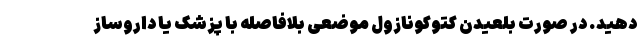
دهید. در صورت بلعیدن کتوکونازول موضعی بلافاصله با پزشک یا داروساز